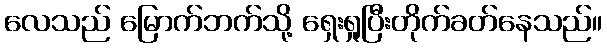
လေသည် မြောက်ဘက်သို့ ရှေးရှုပြီးတိုက်ခတ်နေသည်။